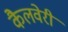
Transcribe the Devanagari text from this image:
कैलवेरी